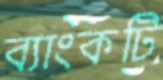
ব্যাংকটি